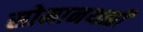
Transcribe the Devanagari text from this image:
सोमानथळी